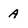
Character: A